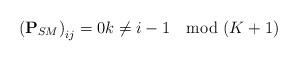
LaTeX: \begin{align*} \left(\mathbf{P}_{{SM}} \right)_{ij}=0 { k \not = i-1 \mod (K+1) }\end{align*}